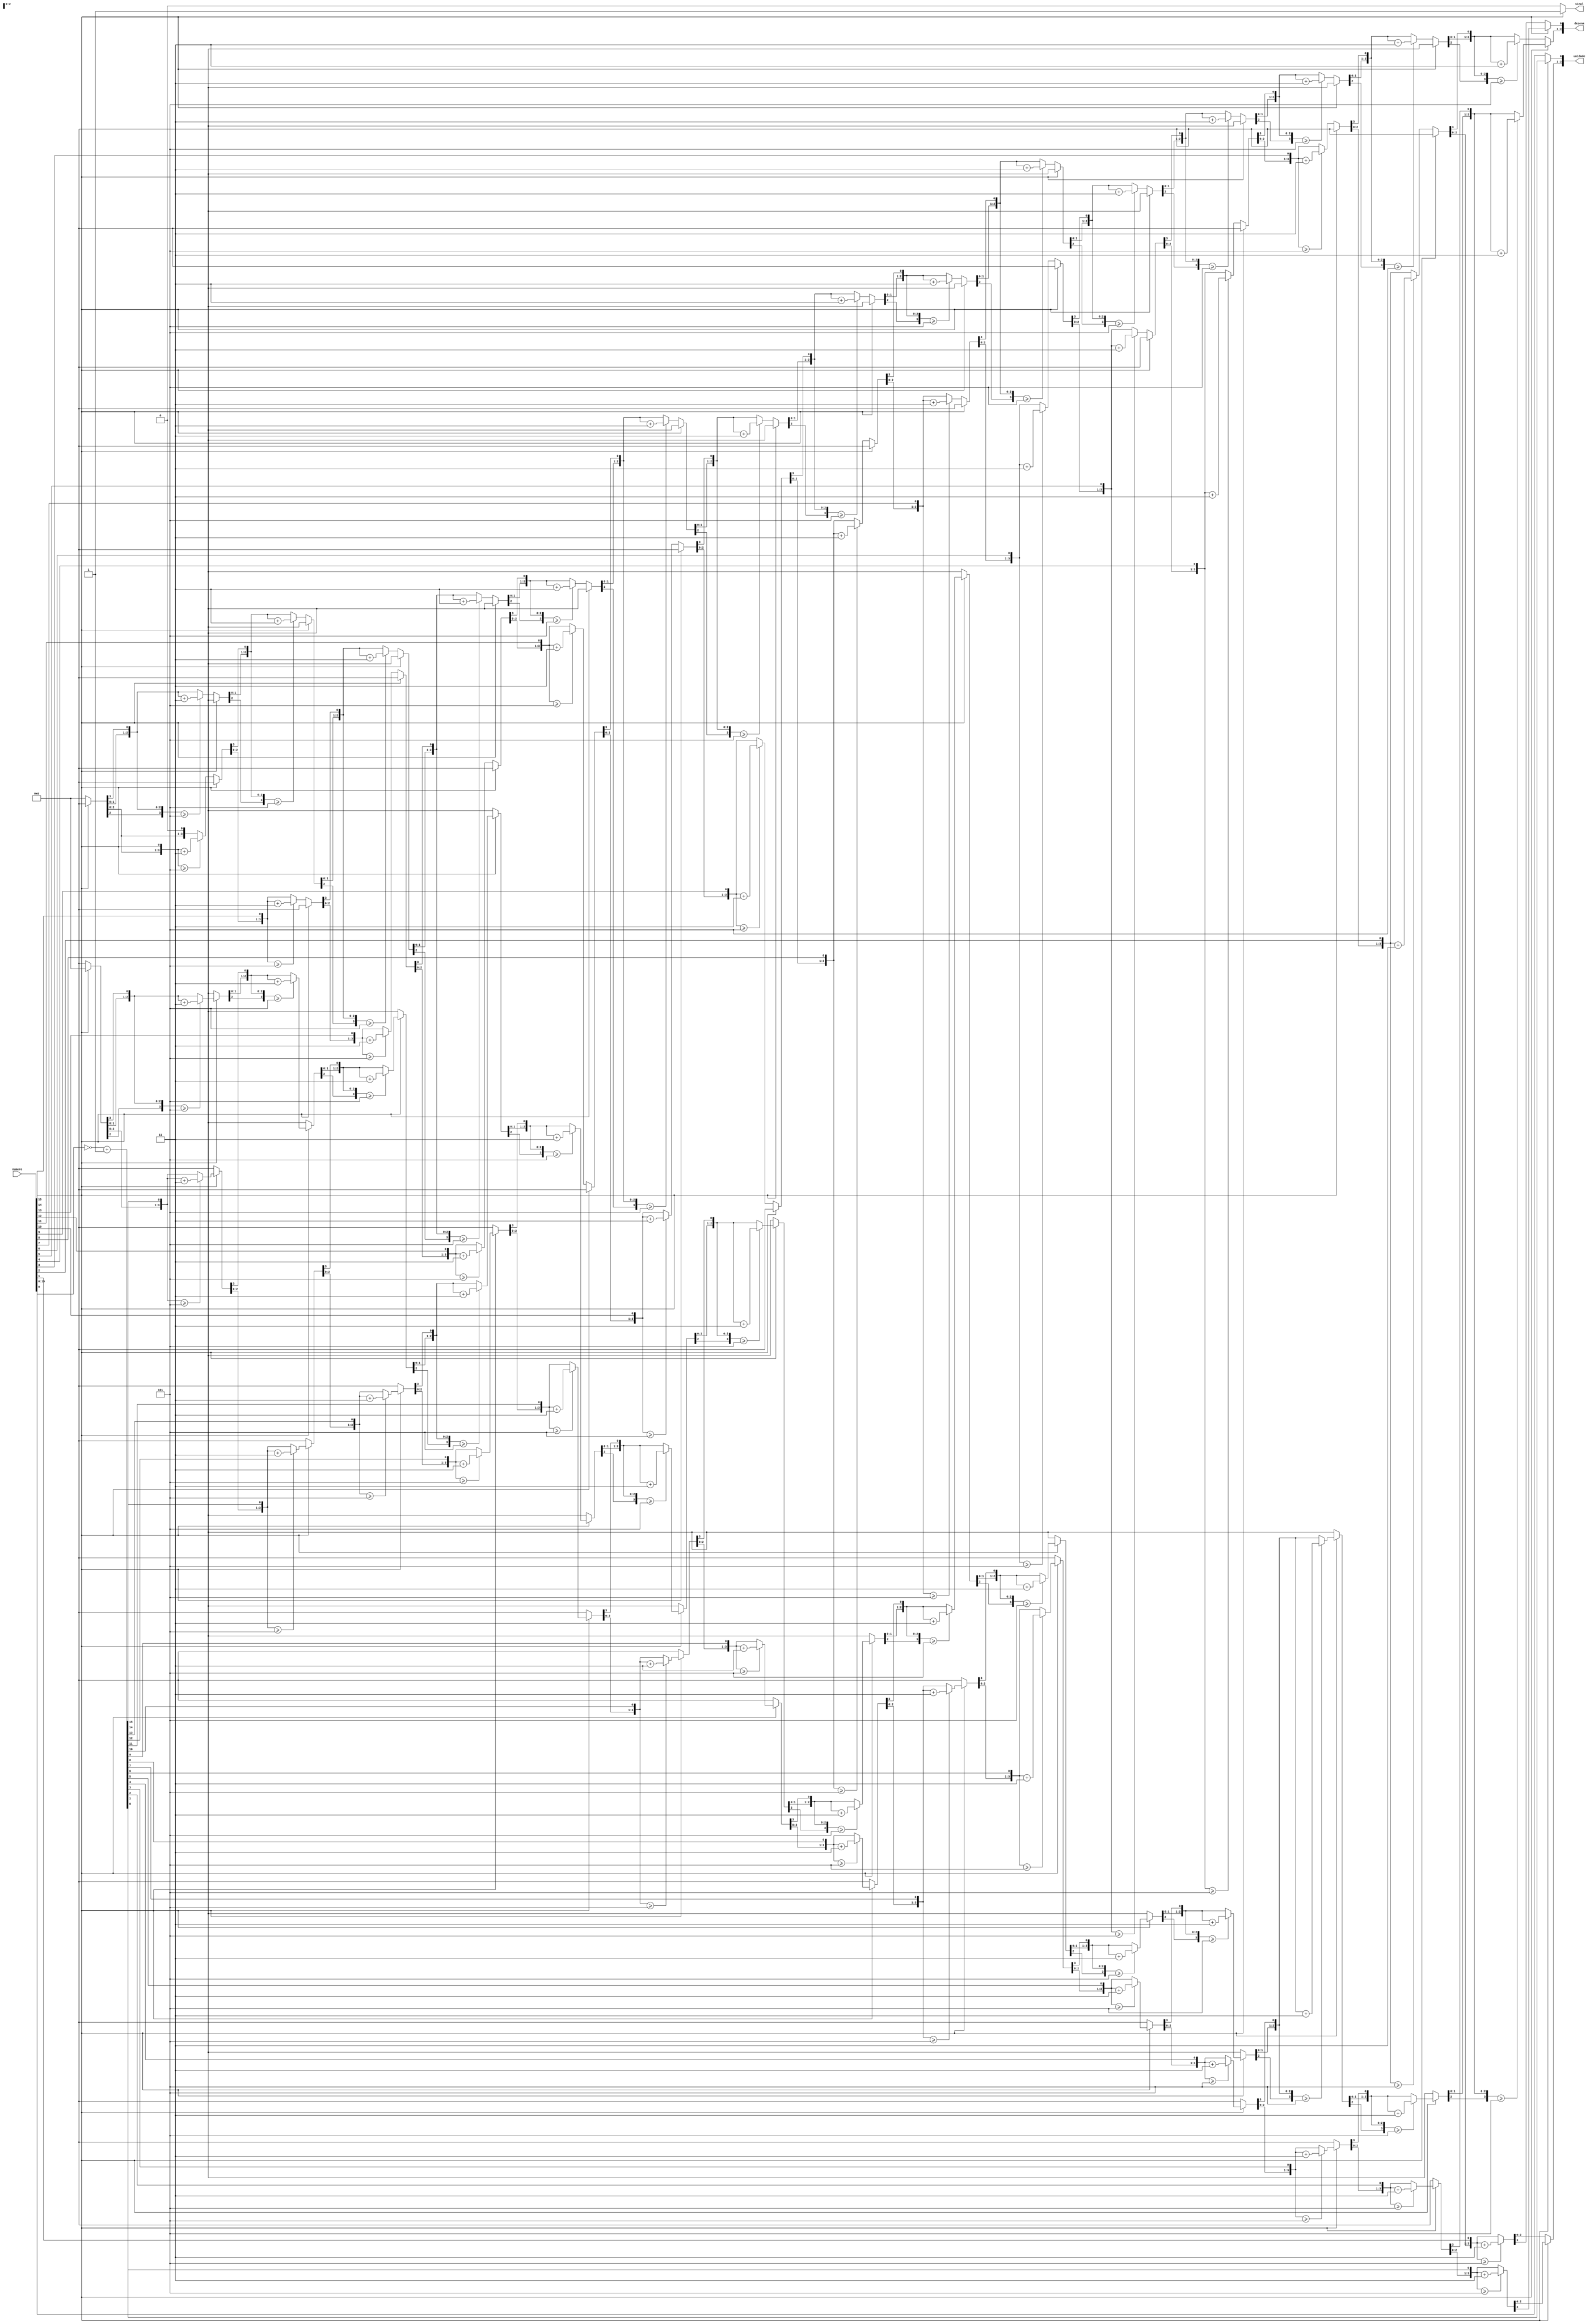
module BCD_dois_digitos(numero, sinal, dezena, unidade);
	// ----------Portas de Entrada---------- //
	input [31:0] numero; // Numero que sera mostrado no display de 7 segmentos
	
	// ----------Portas de Saida---------- //
	output reg sinal; // Sinal do numero
	output reg [3:0] dezena; // Digito da dezena
	output reg [3:0] unidade; // Digito da unidade

	reg [31:0] aux; // Auxiliar no caso de negativo
	integer i; // Contador
	
	// Algoritmo de conversao binario para 2BCD
	always @ (numero) begin
		aux = 32'b0;
		dezena = 4'b0000;
		unidade = 4'b0000;
		if(numero[15] == 0) begin
			sinal = 1'b0;
			for(i = 15; i >=0; i = i-1) begin
				if(dezena >= 5) dezena = dezena + 4'd3;
				if(unidade >= 5) unidade = unidade + 4'd3;
				dezena = dezena << 1;
				dezena[0] = unidade[3];
				unidade = unidade << 1;
				unidade[0] = numero[i];
			end
		end
		else begin
			aux = ~(numero) + 8'b00000001;
			sinal = 1'b1;
			for(i = 15; i >=0; i = i-1) begin
				if(dezena >= 5) dezena = dezena + 4'd3;
				if(unidade >= 5) unidade = unidade + 4'd3;
				dezena = dezena << 1;
				dezena[0] = unidade[3];
				unidade = unidade << 1;
				unidade[0] = aux[i];
			end
		end
	end
endmodule